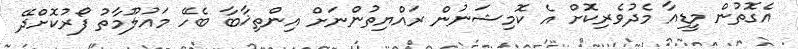
އެގޮތުން މީޑިއާ މެދުވެރިކޮށް އެ ކޮމިޝަނުން ރައްޔިތުންނަށް އިންތިޚާބާ ބެހޭ މައުލޫމާތު ފޯރުކޮށްދޭ